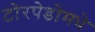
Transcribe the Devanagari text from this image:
टोरपेडोमधे